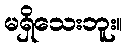
မရှိသေးဘူး။